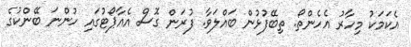
އެކަމަކު މިހާރު އެހެންތޯ. ތިބޭފުޅުން ބައްލަވާ. ފުރަން ގޮސް އެއާޕޯޓުގައި ހުންނަ ބޭންކުގެ